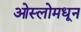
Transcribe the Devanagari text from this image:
ओस्लोमधून